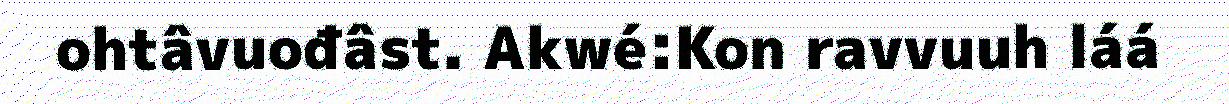
ohtâvuođâst. Akwé:Kon ravvuuh láá